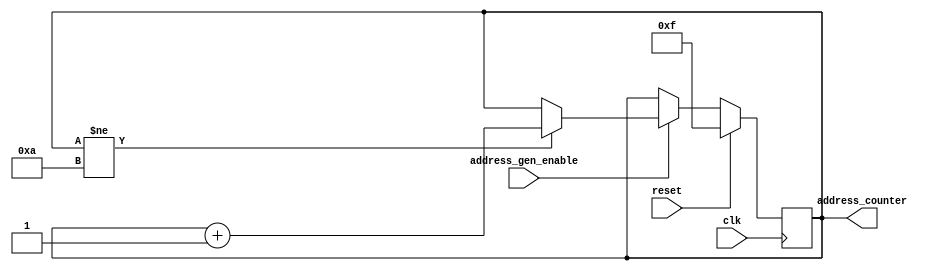
`timescale 1ns / 1ps
//////////////////////////////////////////////////////////////////////////////////
// Company: 
// Engineer: 
// 
// Design Name: 
// Module Name: addressCcounter
// Project Name: 
// Target Devices: 
// Tool Versions: 
// Description: 
// 
// Dependencies: 
// 
// Revision:
// Revision 0.01 - File Created
// Additional Comments:
// 
//////////////////////////////////////////////////////////////////////////////////


module addressCcounter(clk,reset,address_gen_enable,address_counter );
input clk;
input reset;
input address_gen_enable;
output reg [3:0] address_counter;
always@(posedge clk)
begin
    if(reset)
    begin
        address_counter<=4'b1111;
    end
    else
    begin
        if (address_gen_enable == 1)
        begin
        if (address_counter != 4'b1010)
        begin
            address_counter <= address_counter + 1;
        end
        else
        begin
             address_counter <= address_counter;
        end
        end
        else
        begin
            address_counter <= address_counter;
        end
    end
    
end
endmodule